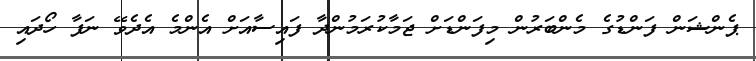
ޕެންޝަން ފަންޑުގެ މެންބަރުން މިފަންޑަށް ޖަމާކުރަމުންދާ ފައިސާއަށް އެންމެ އެދެވޭ ނަފާ ހޯދައި